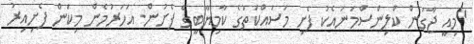
"މިއީ ޖާގަން ކްލިންސްމަނައެކު ފެށި މަސައްކަތުގެ ކާމިޔާބީގެ ފެށުން. އަހަރުމެން މިކަން ފެށިއިރު